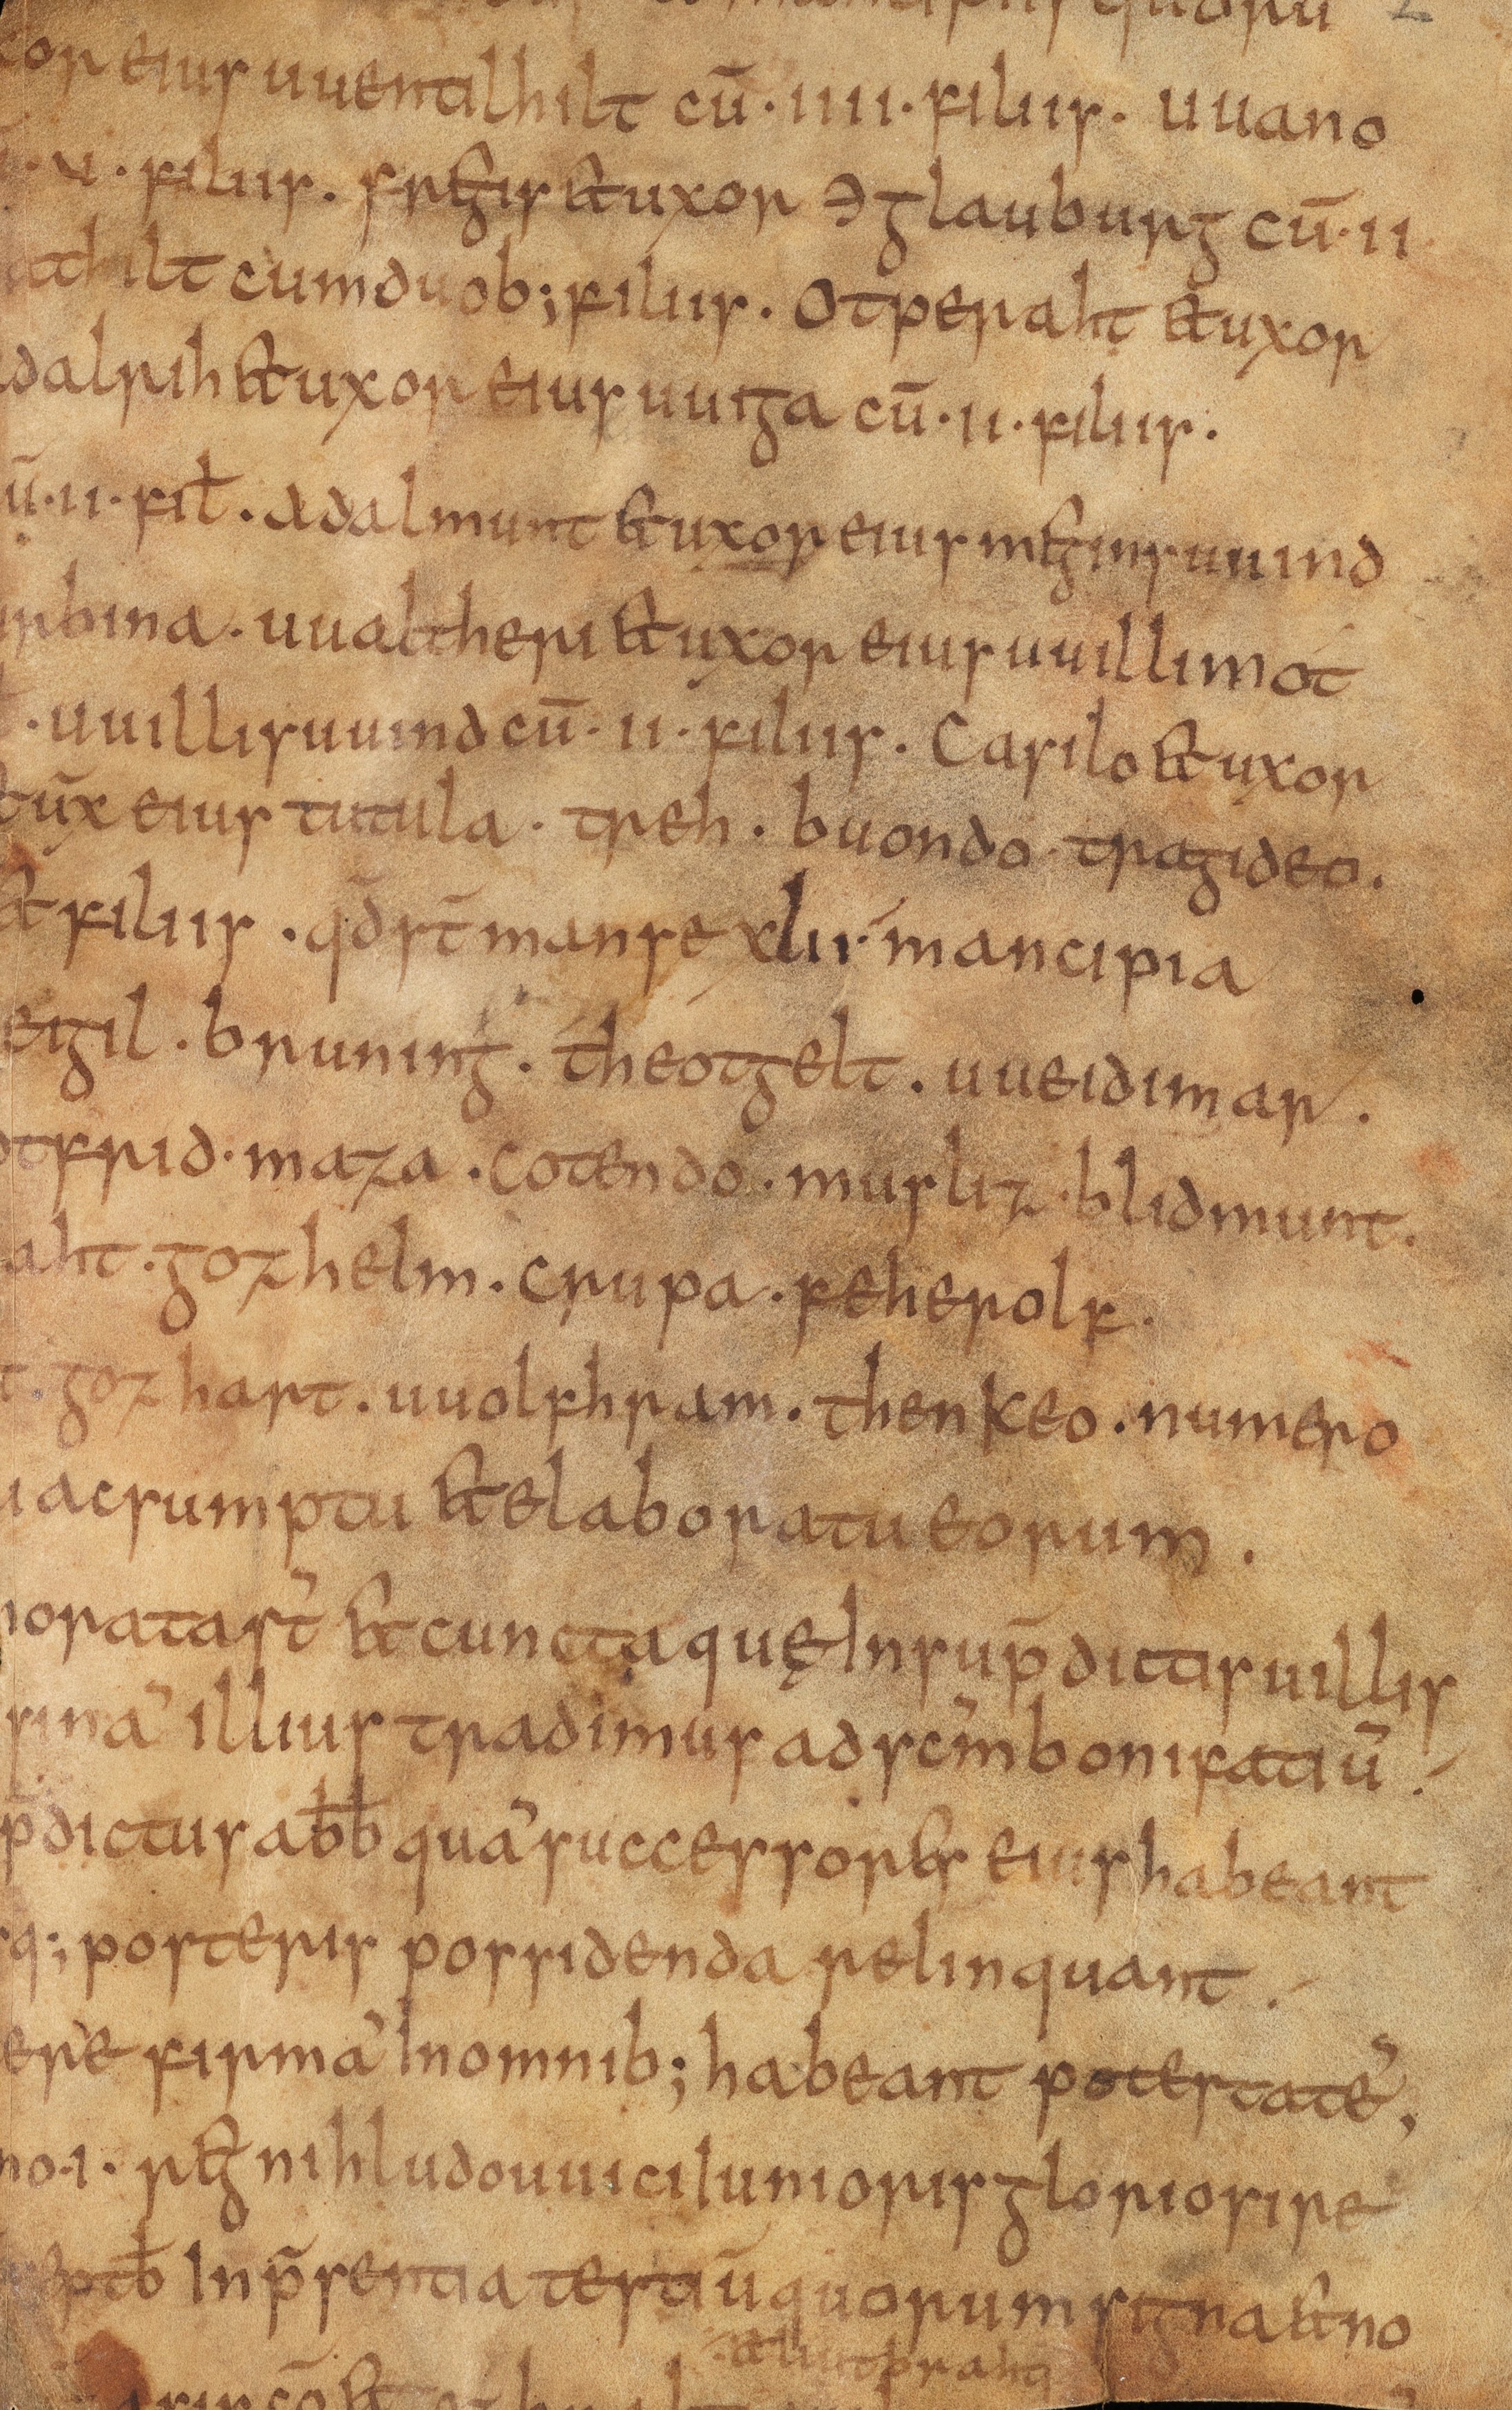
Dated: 825–855